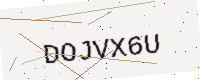
Text: DOJVX6U